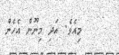
މިއެވެ. އަދި މިނޫން އެހެން